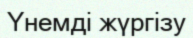
Үнемді жүргізу